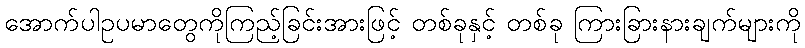
အောက်ပါဥပမာတွေကိုကြည့်ခြင်းအားဖြင့် တစ်ခုနှင့် တစ်ခု ကြားခြားနားချက်များကို